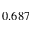
0 . 6 8 7